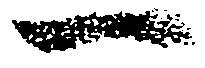
一